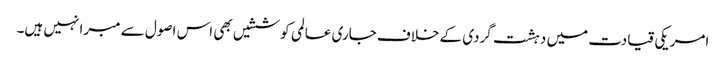
امریکی قیادت میں دہشت گردی کے خلاف جاری عالمی کوششیں بھی اس اصول سے مبرا نہیں ہیں۔